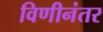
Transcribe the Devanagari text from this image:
विणीनंतर